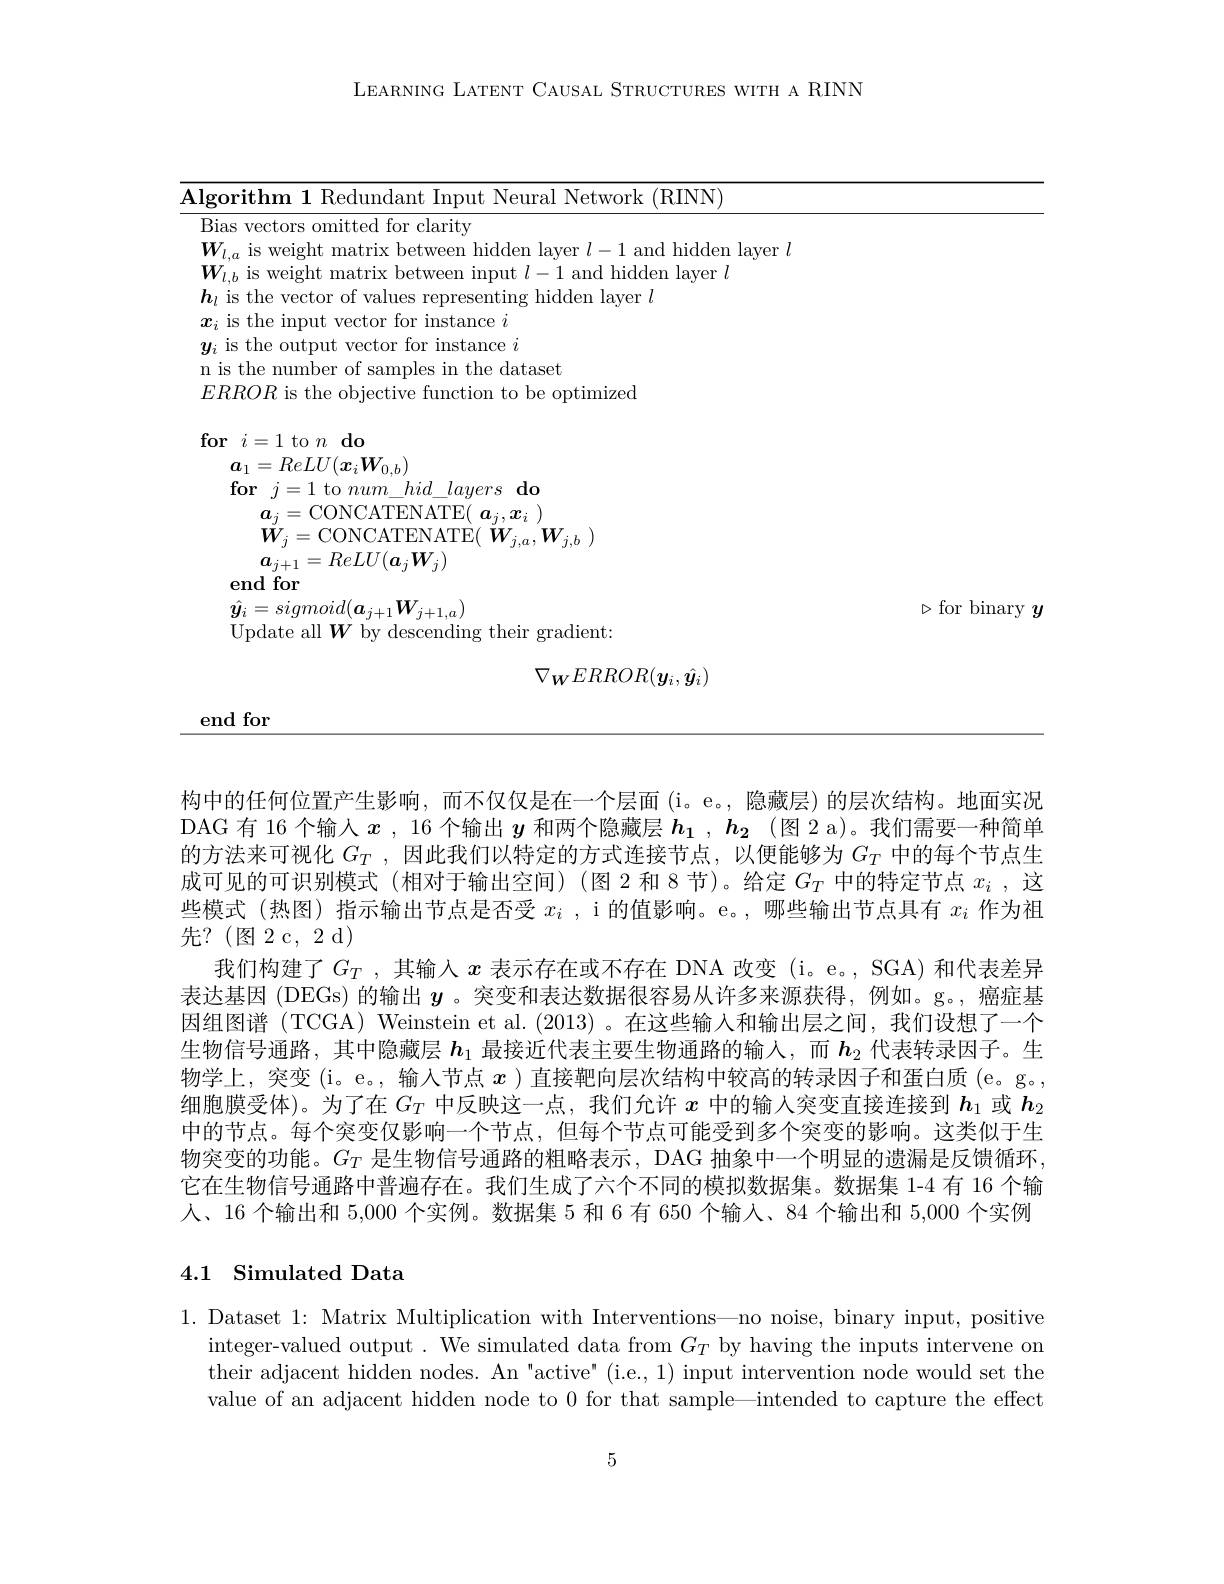
LEARNING LATENT CAUSAL STRUCTURES WITH A RINN

<table>
	<tbody>
		<tr>
			<td>$\mathbf{A}|\mathbf{rorithm}$ |Network (RINN</td>
			<td> </td>
		</tr>
		<tr>
			<td>$\textbf{for}$ $j= 1$ to $num\_ hid\_ layers\textbf{do}$ $a_j=$CONCATENATE( $a_j,x_i)$ $W.$ CONCATFNATF( TA7 $W$</td>
			<td> </td>
		</tr>
		<tr>
			<td>$\boldsymbol{a}_{j+1}=ReLU(\boldsymbol{a}_j\boldsymbol{W}_j)$ end for</td>
			<td> </td>
		</tr>
		<tr>
			<td>$\nabla_{\boldsymbol{W}}ERROR(\boldsymbol{y}_{i},\hat{\boldsymbol{y}}_{i})$</td>
			<td> </td>
		</tr>
	</tbody>
</table>
$y$
end for

构中的任何位置产生影响，而不仅仅是在一个层面(i。e。, 隐藏层) 的层次结构。地面实况DAG 有 16 个输入$x$ , 16 个输出$y$和两个隐藏层$h_1,h_2$ (图 2 a)。我们需要一种简单的方法来可视化$G_T$ ,因此我们以特定的方式连接节点，以便能够为$G_T$中的每个节点生成可见的可识别模式(相对于输出空间)(图 2 和 8 节)。给定$G_T$中的特定节点$x_i$ ,这些模式(热图)指示输出节点是否受$x_i$ ,i 的值影响。e。,哪些输出节点具有$x_i$作为祖先？(图2c，2d)
我们构建了$G_T$ ,其输入 $x$ 表示存在或不存在 DNA 改变 (i。e。, SGA) 和代表差异表达基因 (DEGs) 的输出$y$ 。突变和表达数据很容易从许多来源获得，例如。g。,癌症基因组图谱 (TCGA) Weinstein et al. (2013) 。在这些输入和输出层之间，我们设想了一个生物信号通路，其中隐藏层$h_{1}$最接近代表主要生物通路的输人，而$h_{2}$代表转录因子。生物学上，突变 (i。e。, 输入节点$x$ )直接靶向层次结构中较高的转录因子和蛋白质 (e。g。, 细胞膜受体)。为了在$G_T$中反映这一点，我们允许$x$中的输人突变直接连接到$h_1$或$h_2$ 中的节点。每个突变仅影响一个节点，但每个节点可能受到多个突变的影响。这类似于生物突变的功能。$G_T$是生物信号通路的粗略表示，DAG 抽象中一个明显的遗漏是反馈循环， 它在生物信号通路中普遍存在。我们生成了六个不同的模拟数据集。数据集 1-4 有 16 个输人、16 个输出和 5,000 个实例。数据集 5 和 6 有 650 个输入、84 个输出和 5,000 个实例

## 4.1 Simulated Data

1. Dataset 1: Matrix Multiplication with Interventions—no noise, binary input, positive
integer-valued output. We simulated data from $G_T$ by having the inputs intervene on their adjacent hidden nodes. An"active" (i.e.,1) input intervention node would set the value of an adjacent hidden node to 0 for that sample—intended to capture the effect

5